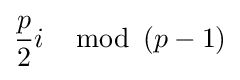
{\frac {p}{2}}i\,\mod \,(p-1)